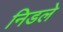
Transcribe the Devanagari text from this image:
निडले